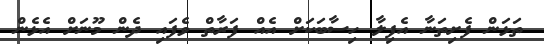
ތަޅަން ފެށިތަނާ އެފިލާ ހިސާބަކަށް އެއް ފަރާތް ވެފައި ދެން މޫނަށް އެޅެން